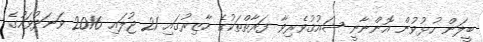
ބީލަން ހުޅުވުން އޮންނާނީ ޝައުޤުވެރިވާ ފަރާތްތަކުގެ ހާޒިރުގައި 21 ޖުލައި 2016 ވަނަދުވަހުގެ